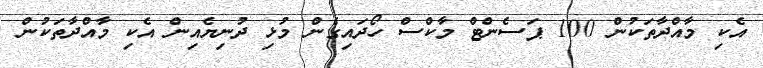
އެކި މާއްދާތަކުން 100 ޕަސެންޓް މާކްސް ހޯދައިގެން މުޅި ދުނިޔެއިން އެކި މާއްދާތަކުން